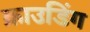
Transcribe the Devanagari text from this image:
क्राउडिंग